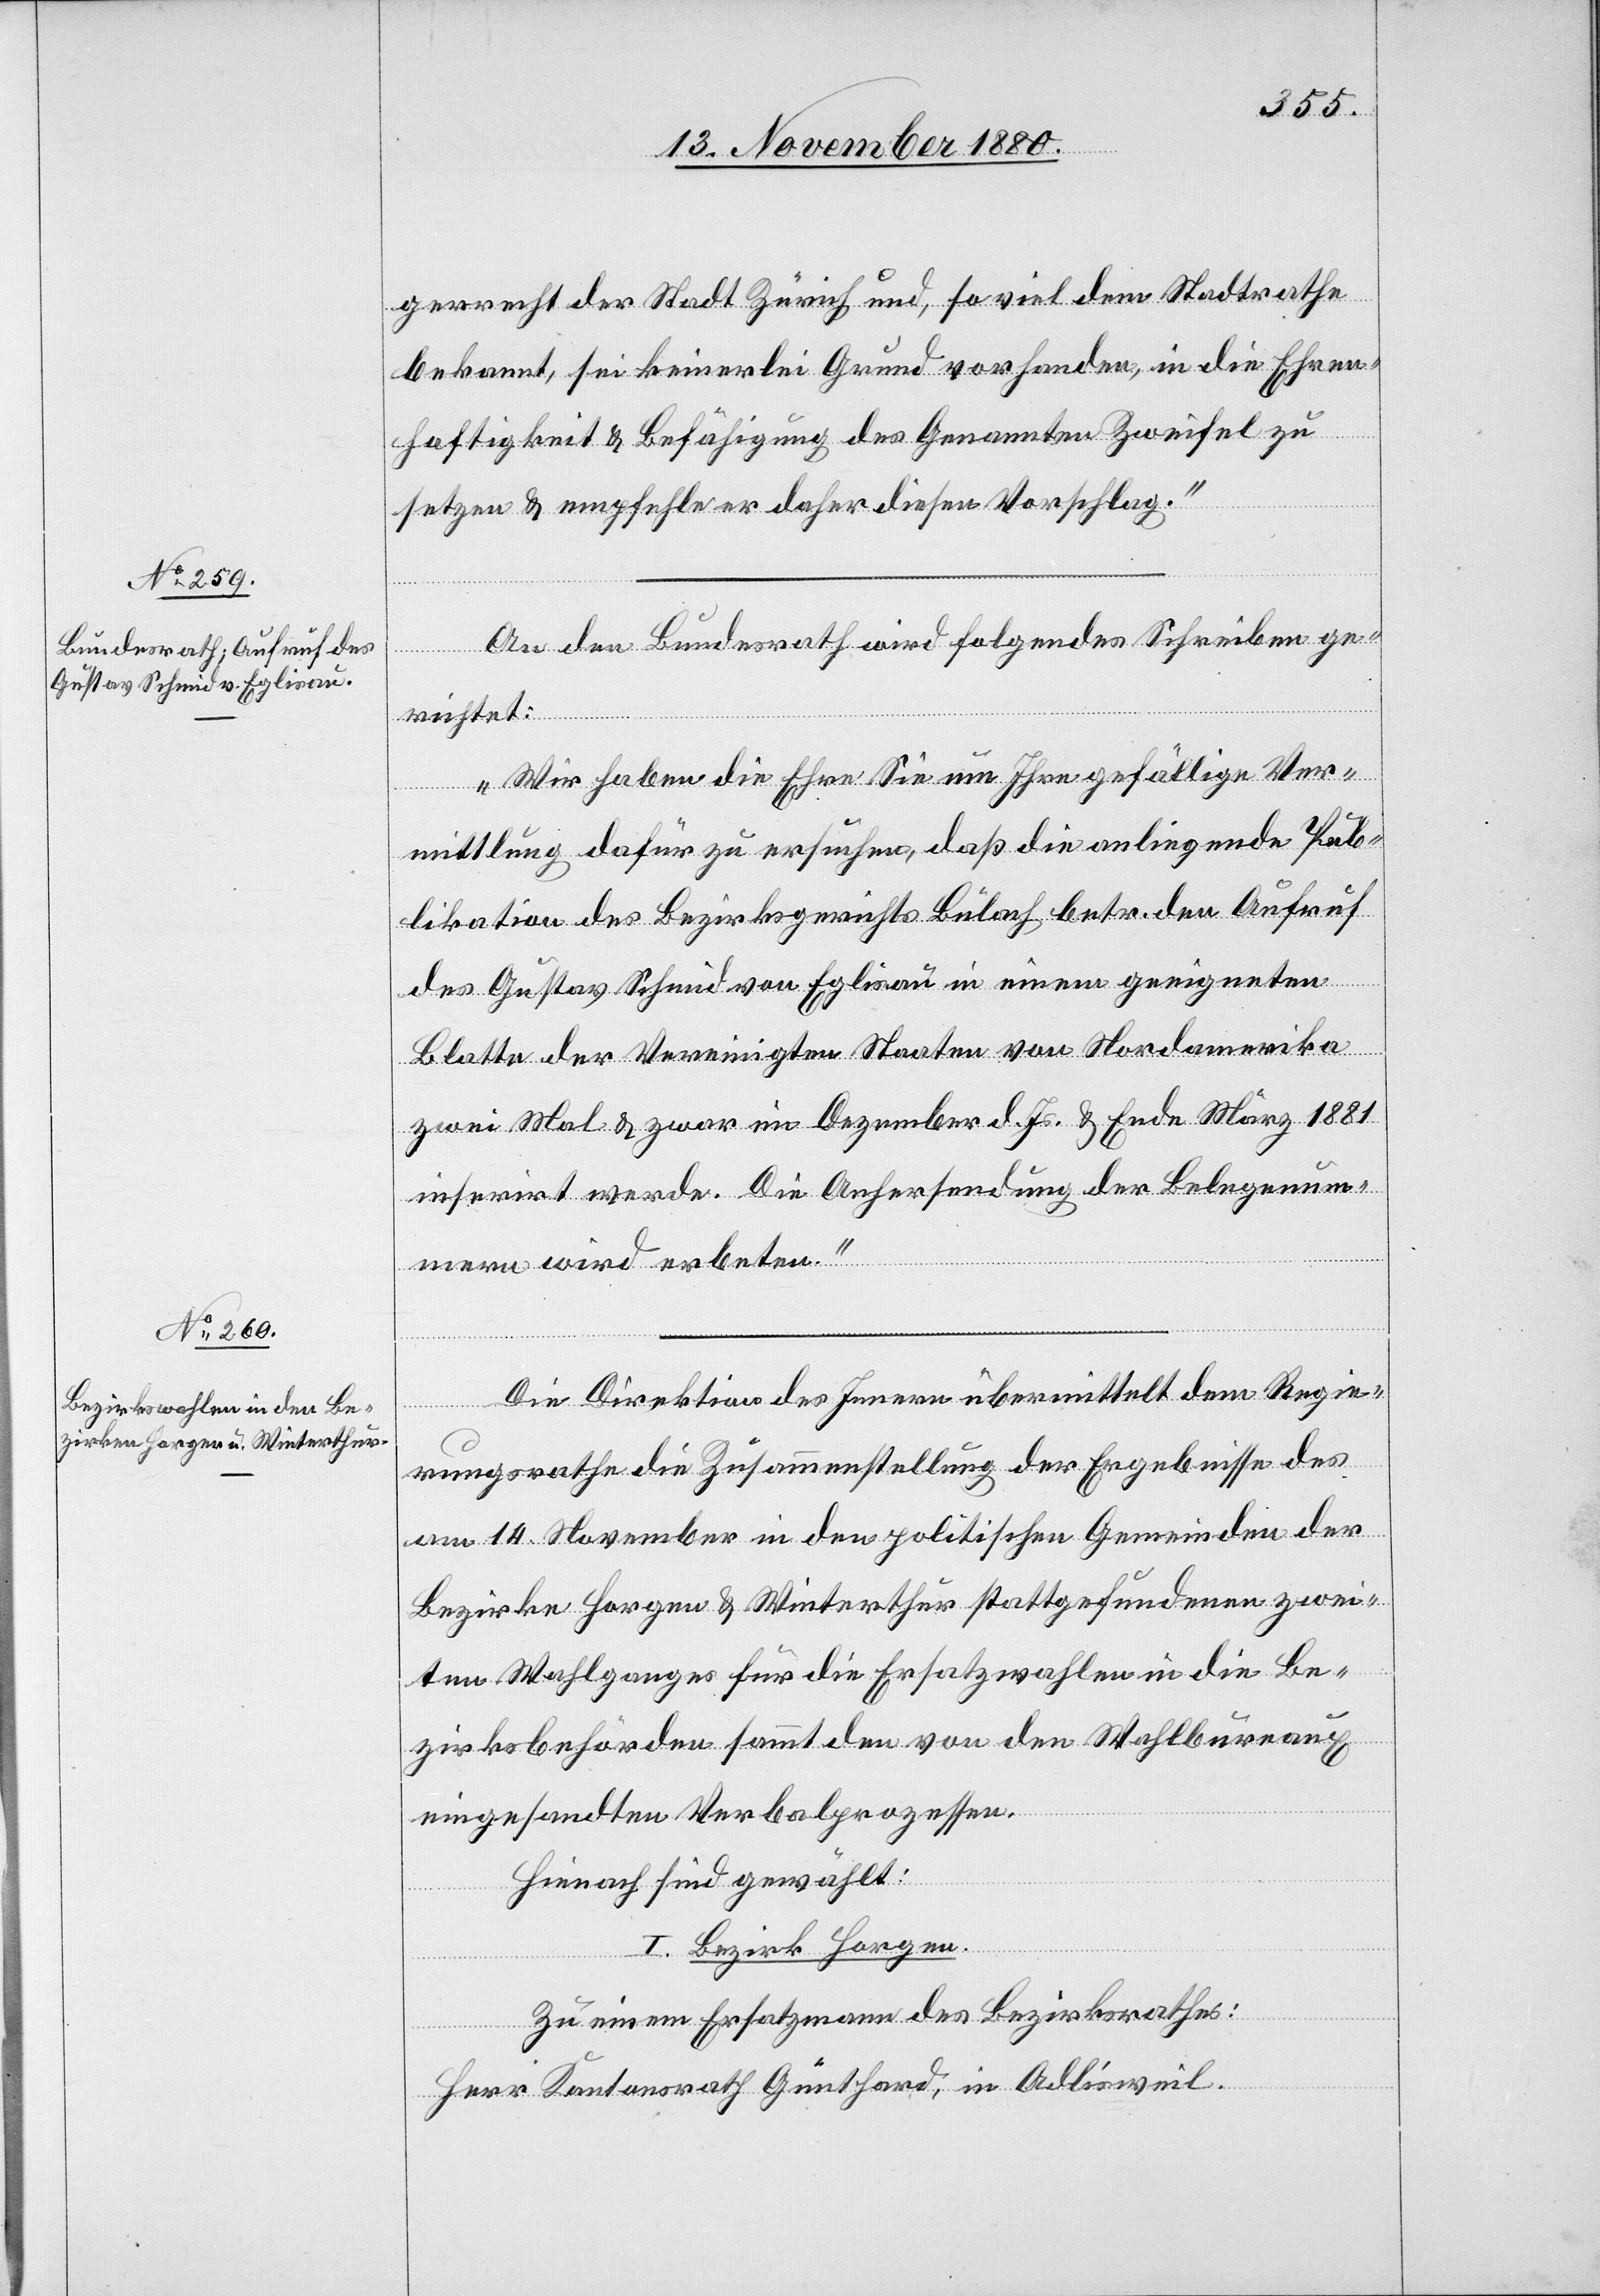
16. November 1880.]
gerecht der Stadt Zürich und, soviel dem Stadtrathe
bekannt, sei keinerlei Grund vorhanden, in die Ehren¬
haftigkeit & Befähigung des Genannten Zweifel zu
setzen & empfehlen daher diesen Vorschlag.“
An den Bundesrath wird folgendes Schreiben ge¬
ügungen.
richtet:
„Wir haben Ehre Sie um Ihre gefällige Ver¬
mittlung dafür zu ersuchen, daß die anliegende Pub¬
likation des Bezirksgerichtes Bülach betr. den Aufruf
des Gustav Schmid von Eglisau in einem geeigneten
Blatte der Vereinigten Staaten von Nordamerika
zwei Mal & zwar im Dezember d. Js. & Ende März 1881
inserirt werde. Die Anhersendung der Belegnum¬
mern wird erbeten.“
Die Direktion des Innern übermittelt dem Regie¬
rungsrathe die Zusammenstellung der Ergebnisse des
am 14. November in den politischen Gemeinden der
Bezirke Horgen & Winterthur stattgefundenen zwei¬
ten Wahlganges für die Ersatzwahlen in die Be¬
zirksbehörden sammt den von den Wahlbureaux
eingesandten Verbalprozessen.
Hienach sind gewählt:
I. Bezirk Horgen.
Zu einem Ersatzmann des Bezirksrathes:
Herr Kantonsrath Günthard, in Adliswil.